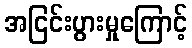
အငြင်းပွားမှုကြောင့်